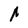
Character: A